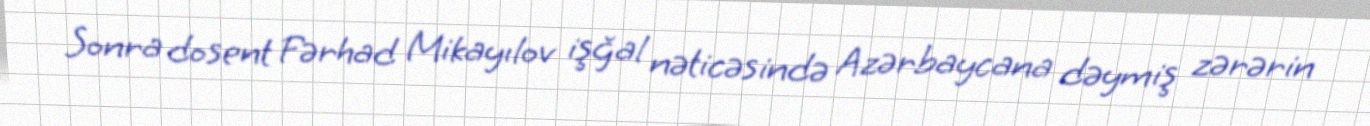
Sonra dosent Fərhad Mikayılov işğal nəticəsində Azərbaycana dəymiş zərərin